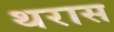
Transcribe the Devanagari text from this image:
थरास